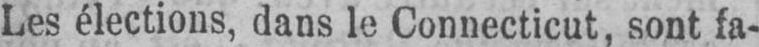
Les élections, dans le Connecticut, sont fa-